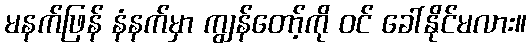
မနက်ဖြန် နံနက်မှာ ကျွန်တော့်ကို ဝင် ခေါ်နိုင်မလား။